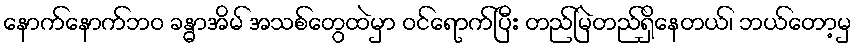
နောက်နောက်ဘဝ ခန္ဓာအိမ် အသစ်တွေထဲမှာ ဝင်ရောက်ပြီး တည်မြဲတည်ရှိနေတယ်၊ ဘယ်တော့မှ